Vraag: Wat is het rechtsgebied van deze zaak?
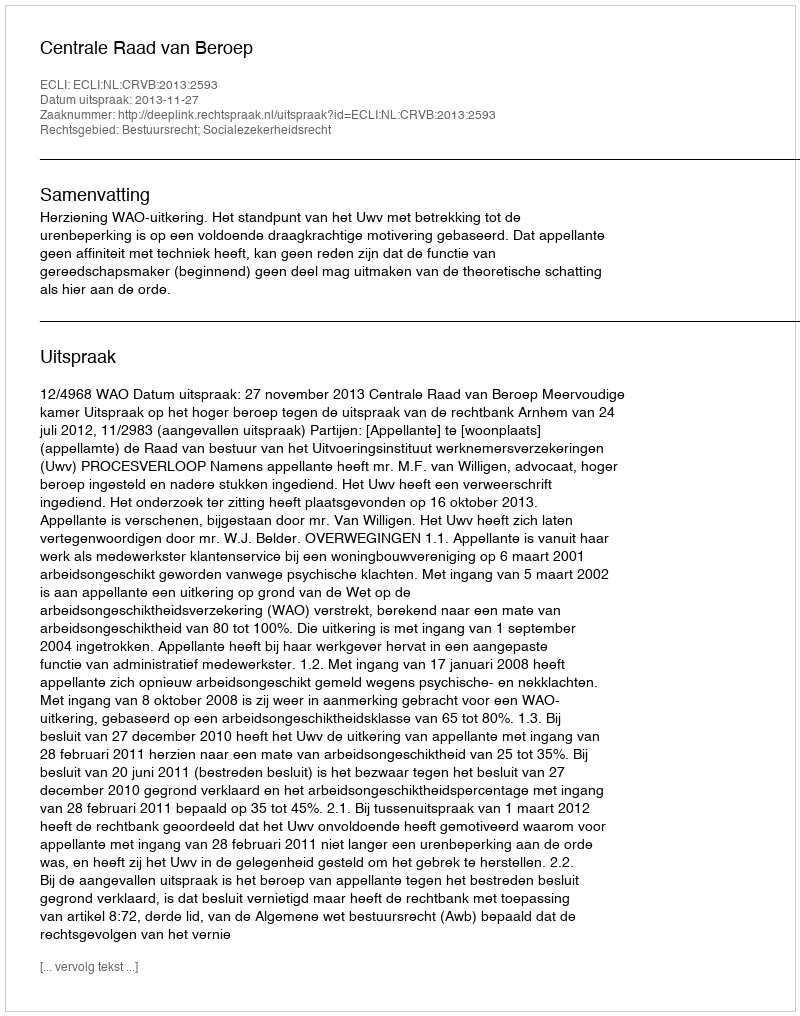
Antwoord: Bestuursrecht; Socialezekerheidsrecht